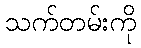
သက်တမ်းကို